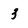
Character: 3